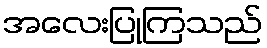
အလေးပြုကြသည်